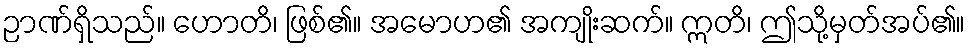
ဉာဏ်ရှိသည်။ ဟောတိ၊ ဖြစ်၏။ အမောဟ၏ အကျိုးဆက်။ ဣတိ၊ ဤသို့မှတ်အပ်၏။